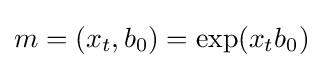
m=(x_{t},b_{0})=\exp(x_{t}b_{0})